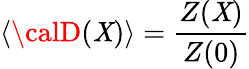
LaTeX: \left.\langle{\calD}(\mathit{X})\rangle=\frac{{Z(\mathit{X})}}{{Z(0)}}\right.